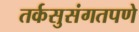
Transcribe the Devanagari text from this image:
तर्कसुसंगतपणे